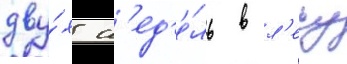
дву́х н'ед'е́ль в л'есу